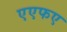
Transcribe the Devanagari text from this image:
एएफए